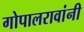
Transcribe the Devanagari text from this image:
गोपालरावांनी